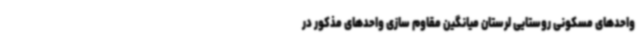
واحدهای مسکونی روستایی لرستان میانگین مقاوم سازی واحدهای مذکور در